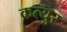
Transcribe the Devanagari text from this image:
कत्युर